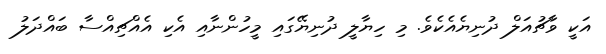
އަކީ ވާޗުއަލް ދުނިޔެއެކެވެ. މި ހިޔާލީ ދުނިޔޭގައި މީހުންނާއި އެކި އެއްޗިއްސާ ބައްދަލު